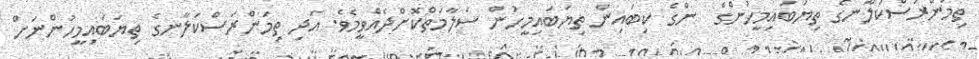
ތިމަންރަސްކަލާނގެ ތިޔަބައިމީހުންގެ  ންގެ ކިބައިން ތިޔަބައިމީހުން ސަލާމަތްކޮށްދެއްވީމެވެ. އަދި ތިމަންރަސްކަލާނގެ ތިޔަބައިމީހުންނަށް